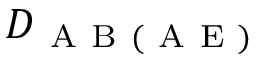
D _ { \mathrm { ~ A ~ B ~ ( ~ A ~ E ~ ) ~ } }